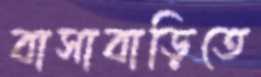
বাসাবাড়িতে